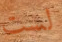
لست